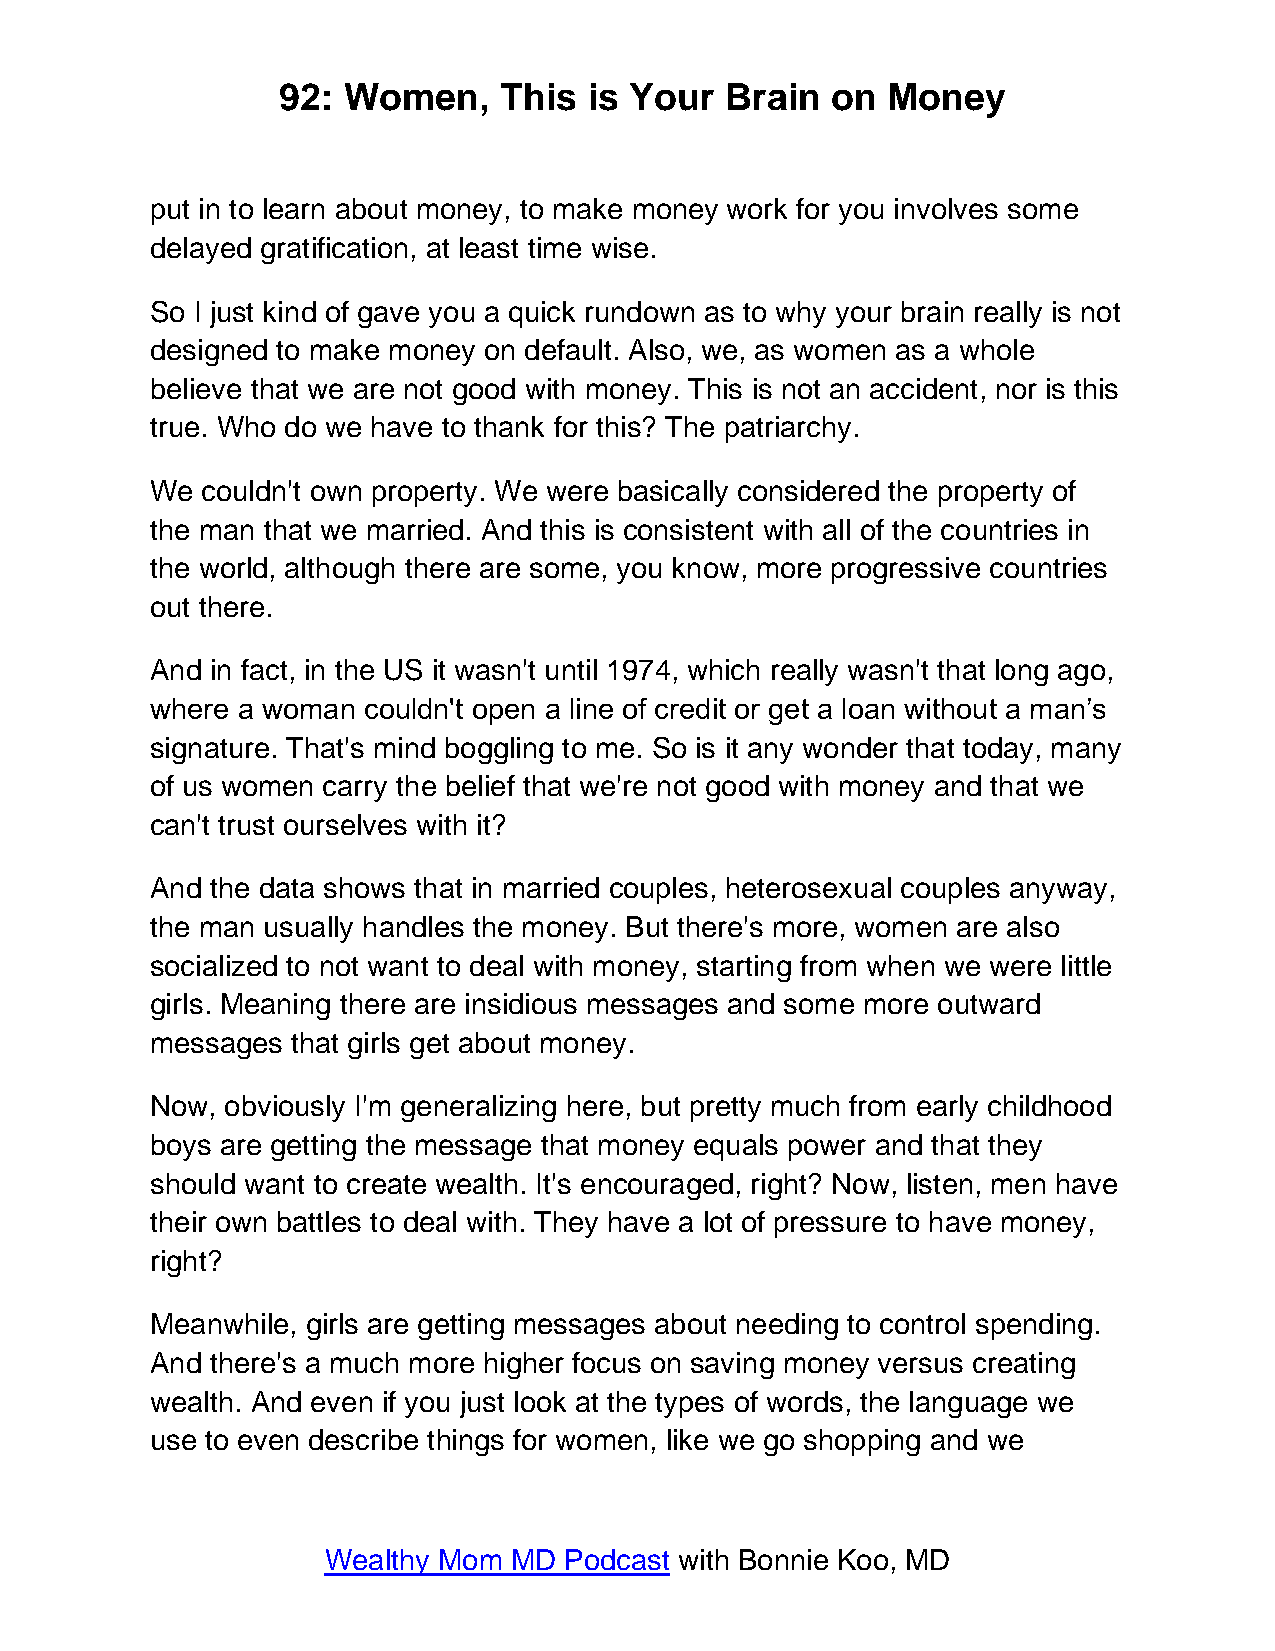
92:  Women,    This  is Your  Brain  on  Money
 put in to learn about money, to make money work for you involves some
 delayed gratification, at least time wise.
 So I just kind of gave you a quick rundown as to why your brain really is not
 designed to make money on default. Also, we, as women as a whole
 believe that we are not good with money. This is not an accident, nor is this
 true. Who do we have to thank for this? The patriarchy.
 We couldn't own property. We were basically considered the property of
 the man that we married. And this is consistent with all of the countries in
 the world, although there are some, you know, more progressive countries
 out there.
 And in fact, in the US it wasn't until 1974, which really wasn't that long ago,
 where a woman couldn't open a line of credit or get a loan without a man’s
 signature. That's mind boggling to me. So is it any wonder that today, many
 of us women carry the belief that we're not good with money and that we
 can't trust ourselves with it?
 And the data shows that in married couples, heterosexual couples anyway,
 the man usually handles the money. But there's more, women are also
 socialized to not want to deal with money, starting from when we were little
 girls. Meaning there are insidious messages and some more outward
 messages that girls get about money.
 Now, obviously I'm generalizing here, but pretty much from early childhood
 boys are getting the message that money equals power and that they
 should want to create wealth. It's encouraged, right? Now, listen, men have
 their own battles to deal with. They have a lot of pressure to have money,
 right?
 Meanwhile, girls are getting messages about needing to control spending.
 And there's a much more higher focus on saving money versus creating
 wealth. And even if you just look at the types of words, the language we
 use to even describe things for women, like we go shopping and we
 Wealthy Mom  MD Podcast with Bonnie Koo, MD